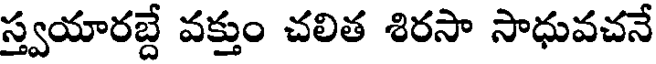
స్త్వయారబ్దే వక్తుం చలిత శిరసా సాధువచనే